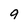
Character: 9